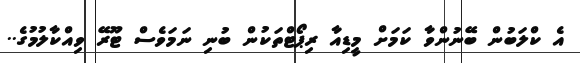
އެ ކްލަބުން ބޭނުންވާ ކަމަށް މީޑިއާ ރިޕޯޓްތަކުން ބުނި ނަމަވެސް ޓޫރޭ ވިއްކާލުމުގެ..